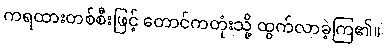
ကရထားတစ်စီးဖြင့် တောင်ကတုံးသို့ ထွက်လာခဲ့ကြ၏။